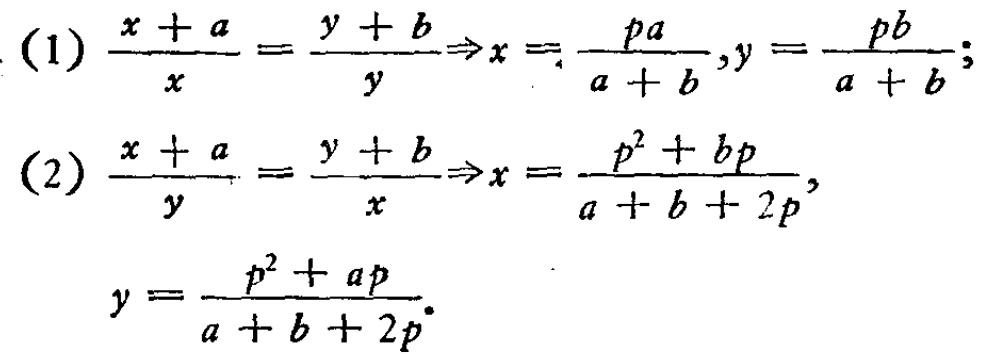
(1) \(\frac{x + a}{x}=\frac{y + b}{y}\Rightarrow x = \frac{pa}{a + b},y=\frac{pb}{a + b}\);
(2) \(\frac{x + a}{y}=\frac{y + b}{x}\Rightarrow x=\frac{p^{2}+bp}{a + b + 2p},\)
\(y=\frac{p^{2}+ap}{a + b + 2p}\).